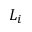
L _ { i }